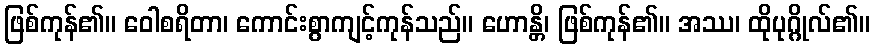
ဖြစ်ကုန်၏။ ဝေါစရိတာ၊ ကောင်းစွာကျင့်ကုန်သည်။ ဟောန္တိ၊ ဖြစ်ကုန်၏။ အဿ၊ ထိုပုဂ္ဂိုလ်၏။